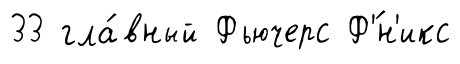
33 гла́вный Фьючерс Ф'́н'икс